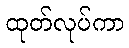
ထုတ်လုပ်ကာ